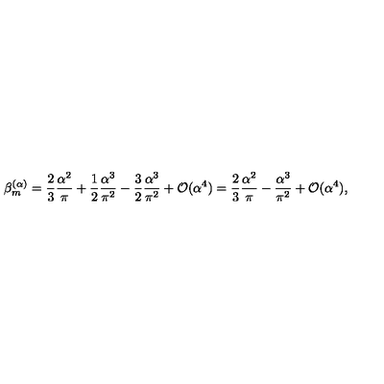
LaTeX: \beta _ { m } ^ { ( \alpha ) } = \frac { 2 } { 3 } \frac { \alpha ^ { 2 } } { \pi } + \frac { 1 } { 2 } \frac { \alpha ^ { 3 } } { \pi ^ { 2 } } - \frac { 3 } { 2 } \frac { \alpha ^ { 3 } } { \pi ^ { 2 } } + { \cal O } ( \alpha ^ { 4 } ) = \frac { 2 } { 3 } \frac { \alpha ^ { 2 } } { \pi } - \frac { \alpha ^ { 3 } } { \pi ^ { 2 } } + { \cal O } ( \alpha ^ { 4 } ) ,